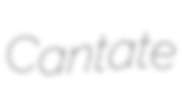
Cantate